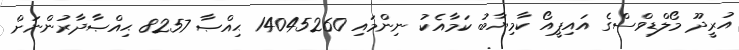
އުރީދޫ މޯލްޑިވްސްގެ އައިޕީއޯ ކާމިޔާބު ކަމާއެކު ނިންމައި 14045260 ޙިއްޞާ 8257 ޙިއްޞާދާރުންނަށް